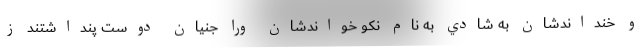
و خنداندشان به شادي به نام نكو خواندشان ورا جنيان دوست پنداشتند ز